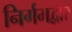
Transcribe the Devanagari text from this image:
निर्गमद्वार